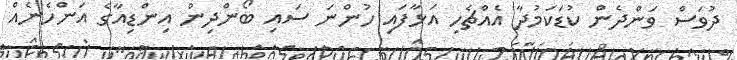
ދުވަސް ވަންދެން ކުޑަކަމުދާ އެއްޗެހި އަޅާފައި ހުންނަ ސައި ބޯންދިން އިންޑިއާގެ އަންހެނެއް